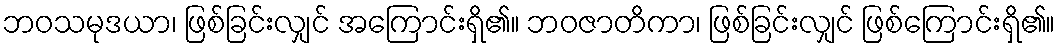
ဘဝသမုဒယာ၊ ဖြစ်ခြင်းလျှင် အကြောင်းရှိ၏။ ဘဝဇာတိကာ၊ ဖြစ်ခြင်းလျှင် ဖြစ်ကြောင်းရှိ၏။